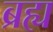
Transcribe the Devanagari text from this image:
ब्रह्य